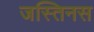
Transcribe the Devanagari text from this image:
जस्तिनस